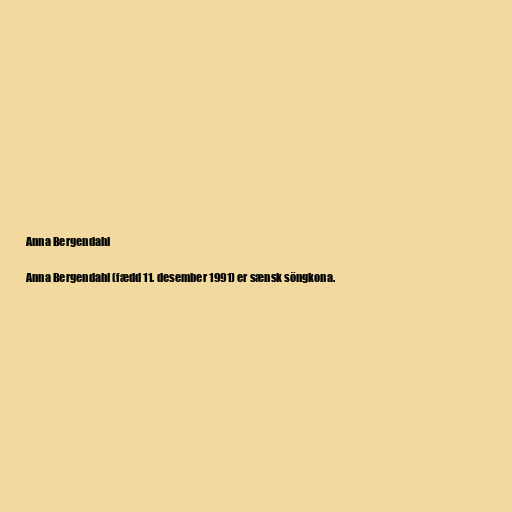
Anna Bergendahl

Anna Bergendahl (fædd 11. desember 1991) er sænsk söngkona.